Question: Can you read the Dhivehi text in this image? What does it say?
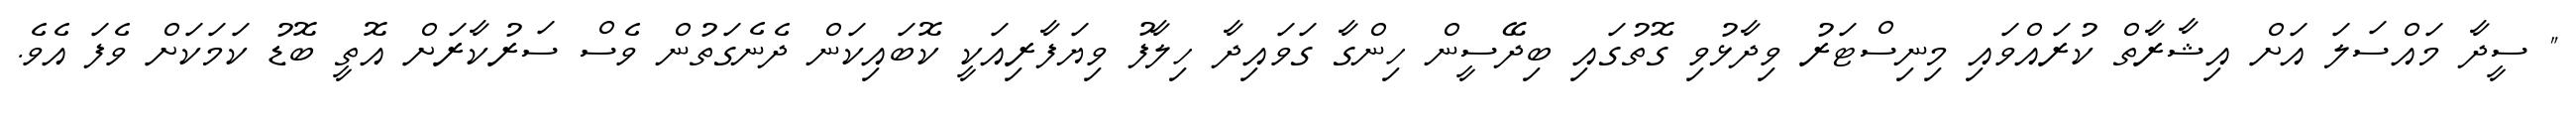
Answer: " ސީދާ މައްސަލަ އަށް އިޝާރާތް ކުރައްވައި މިނިސްޓަރު ވިދާޅުވި ގޮތުގައި ބިދޭސީން ހިންގާ ގަވައިދާ ހިލާފު ވިޔަފާރިއަކީ ކޮބައިކަން ދެނެގަތުން ވެސް ސަރުކާރަށް އޮތީ ބޮޑު ކަމަކަށް ވެފަ އެވެ.